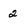
Character: 2